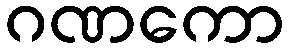
ဂဏကော